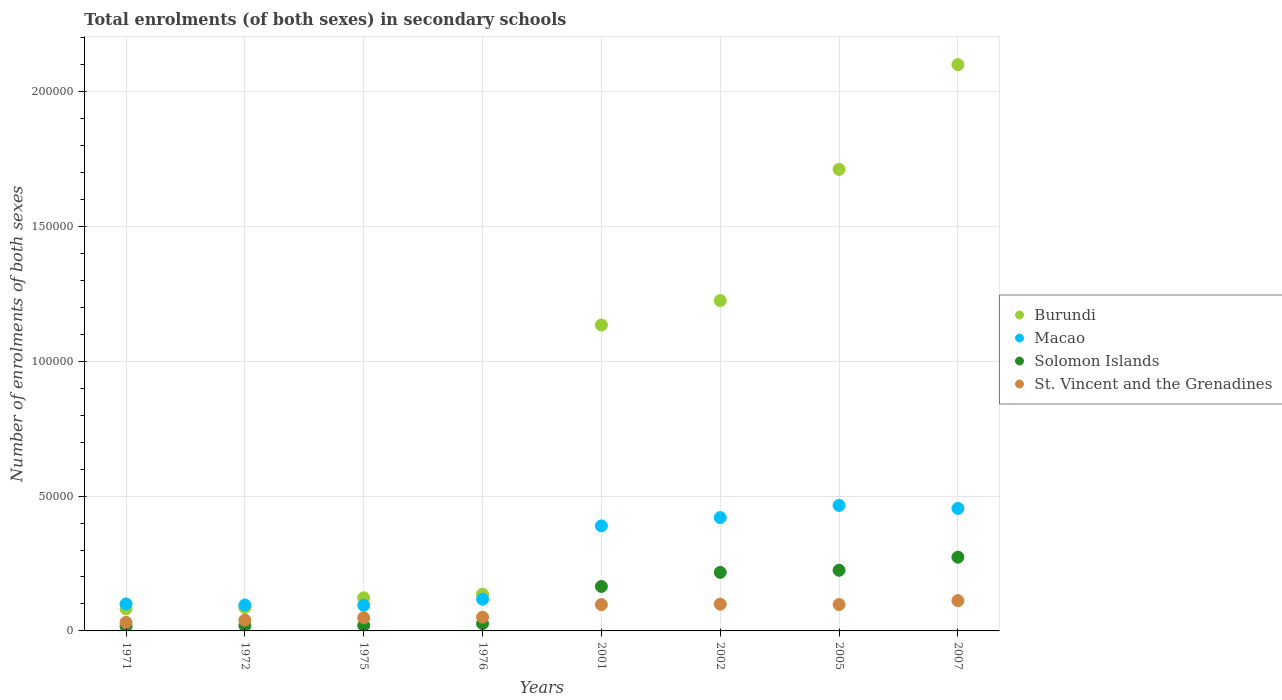
| Years | Burundi | Macao | Solomon Islands | St. Vincent and the Grenadines |
 | --- | --- | --- | --- | --- |
 | 1971 | 8.17e+03 | 1e+04 | 1.72e+03 | 3.16e+03 |
 | 1972 | 8.68e+03 | 9.61e+03 | 1.94e+03 | 4.01e+03 |
 | 1975 | 1.23e+04 | 9.5e+03 | 2.01e+03 | 4.88e+03 |
 | 1976 | 1.36e+04 | 1.18e+04 | 2.72e+03 | 5.08e+03 |
 | 2001 | 1.13e+05 | 3.89e+04 | 1.65e+04 | 9.76e+03 |
 | 2002 | 1.22e+05 | 4.2e+04 | 2.17e+04 | 9.92e+03 |
 | 2005 | 1.71e+05 | 4.65e+04 | 2.25e+04 | 9.78e+03 |
 | 2007 | 2.1e+05 | 4.54e+04 | 2.73e+04 | 1.12e+04 |